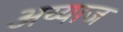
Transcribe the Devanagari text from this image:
अय्याज